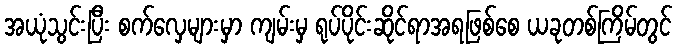
အယုံသွင်းပြီး စက်လှေများမှာ ကျမ်းမှ ရုပ်ပိုင်းဆိုင်ရာအရဖြစ်စေ ယခုတစ်ကြိမ်တွင်